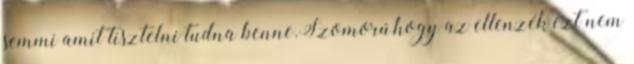
semmi amit tisztelni tudna benne.Szomorú,hogy az ellenzék ezt nem